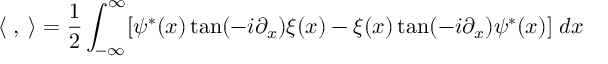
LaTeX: \langle { \bf \Psi } , { \bf \Xi } \rangle = \frac 1 2 \int _ { - \infty } ^ { \infty } [ \psi ^ { * } ( x ) \tan ( - i \partial _ { x } ) \xi ( x ) - \xi ( x ) \tan ( - i \partial _ { x } ) \psi ^ { * } ( x ) ] \; d x